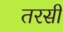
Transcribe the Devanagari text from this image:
तरसी